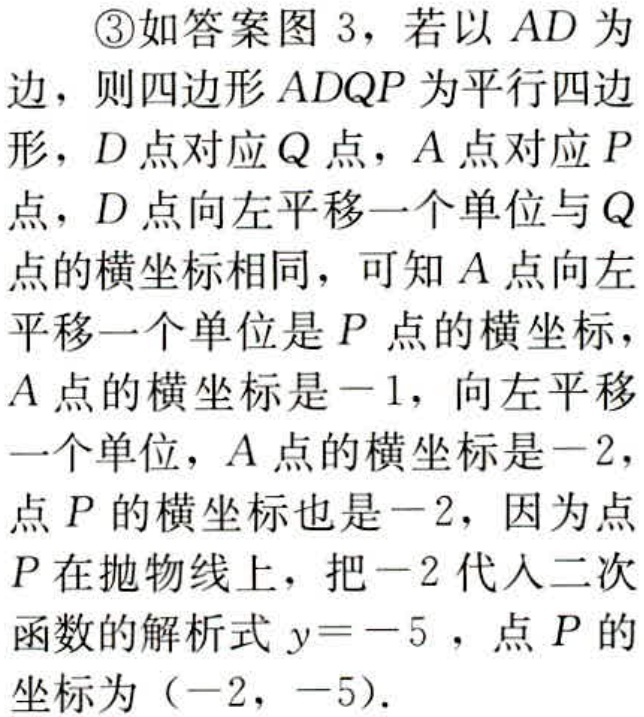
\textcircled{3}如答案图 3，若以 \(AD\) 为边，则四边形 \(ADQP\) 为平行四边形，\(D\) 点对应 \(Q\) 点，\(A\) 点对应 \(P\) 点，\(D\) 点向左平移一个单位与 \(Q\) 点的横坐标相同，可知 \(A\) 点向左平移一个单位是 \(P\) 点的横坐标，\(A\) 点的横坐标是 \(-1\)，向左平移一个单位，\(A\) 点的横坐标是 \(-2\)，点 \(P\) 的横坐标也是 \(-2\)，因为点 \(P\) 在抛物线上，把 \(-2\) 代入二次函数的解析式 \(y = - 5\)，点 \(P\) 的坐标为 \((-2,-5)\)。